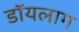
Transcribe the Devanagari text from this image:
डॉयलाग